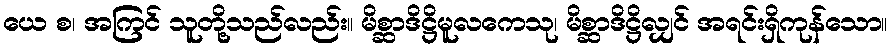
ယေ စ၊ အကြင် သူတို့သည်လည်း။ မိစ္ဆာဒိဋ္ဌိမူလကေသု၊ မိစ္ဆာဒိဋ္ဌိလျှင် အရင်းရှိကုန်သော။